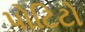
પોટિટો